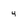
Character: 4